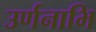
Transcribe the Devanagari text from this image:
उर्णनाभि